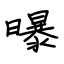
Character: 曝